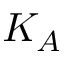
K _ { A }